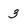
Character: 3